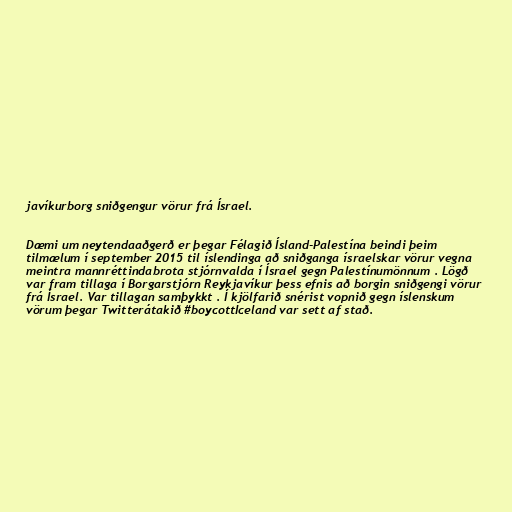
javíkurborg sniðgengur vörur frá Ísrael.

Dæmi um neytendaaðgerð er þegar Félagið Ísland-Palestína beindi þeim
tilmælum í september 2015 til íslendinga að sniðganga ísraelskar vörur vegna
meintra mannréttindabrota stjórnvalda í Ísrael gegn Palestínumönnum . Lögð
var fram tillaga í Borgarstjórn Reykjavíkur þess efnis að borgin sniðgengi vörur
frá Ísrael. Var tillagan samþykkt . Í kjölfarið snérist vopnið gegn íslenskum
vörum þegar Twitterátakið #boycottIceland var sett af stað.